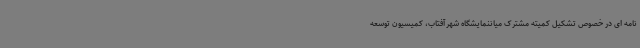
نامه ای در خصوص تشکیل کمیته مشترک میاننمایشگاه شهرآفتاب، کمیسیون توسعه